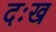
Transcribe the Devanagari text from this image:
दःख